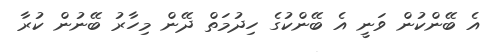
އެ ބޭންކުން ވަނީ އެ ބޭންކުގެ ހިދުމަތް ދޭން މިހާރު ބޭނުން ކުރާ